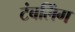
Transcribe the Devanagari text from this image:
टंबलिंग